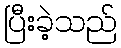
ပြီးခဲ့သည်